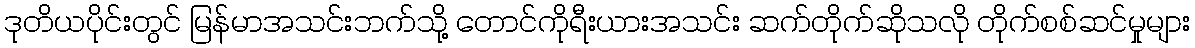
ဒုတိယပိုင်းတွင် မြန်မာအသင်းဘက်သို့ တောင်ကိုရီးယားအသင်း ဆက်တိုက်ဆိုသလို တိုက်စစ်ဆင်မှုများ